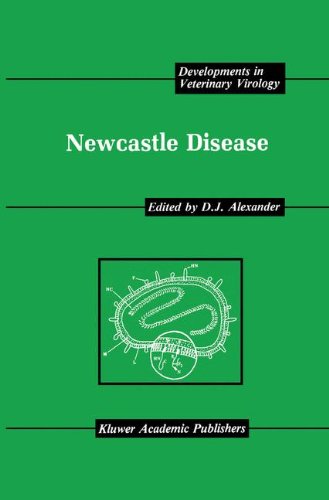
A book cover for Newcastle Disease (Developments in Veterinary Virology); Medical Books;